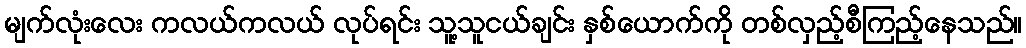
မျက်လုံးလေး ကလယ်ကလယ် လုပ်ရင်း သူ့သူငယ်ချင်း နှစ်ယောက်ကို တစ်လှည့်စီကြည့်နေသည်။